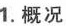
1.概况